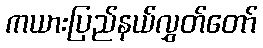
ကယားပြည်နယ်လွှတ်တော်